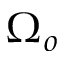
\Omega _ { o }